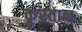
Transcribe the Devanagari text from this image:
कृस्तान